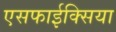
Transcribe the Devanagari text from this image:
एसफाईक्सिया